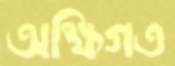
অক্ষিগত